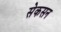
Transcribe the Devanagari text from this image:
सेकसन